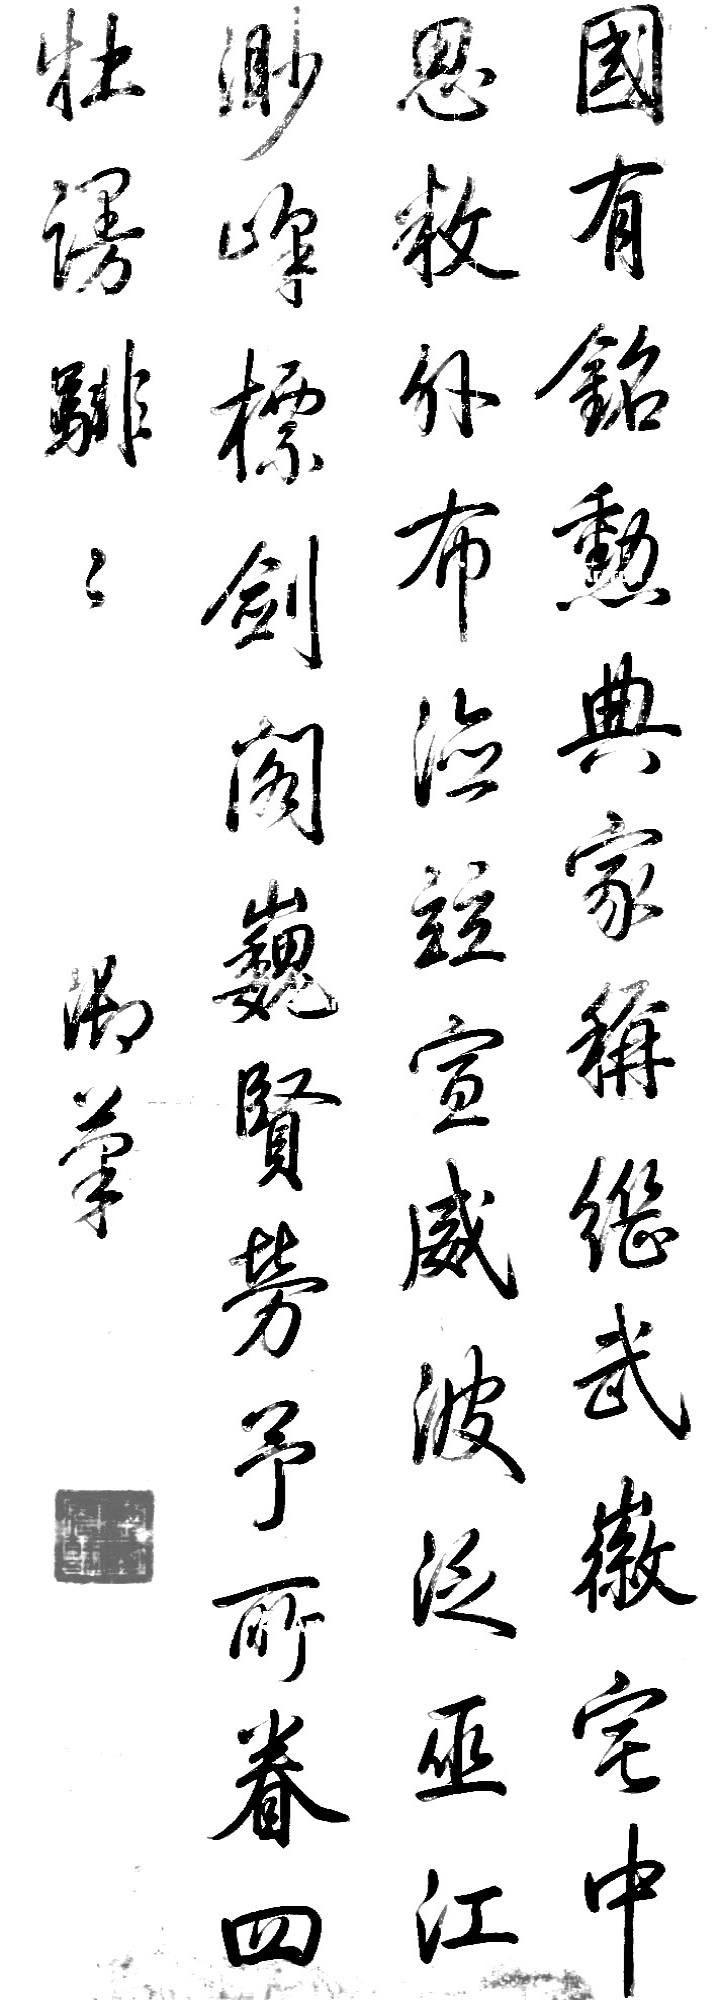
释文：国有铭勋典，家称继武徽，宅中思敉外，布德并宣威，波泛巫江渺，峰标剑阁巍。贤劳予所眷，四牡澷𬴂𬴂。御笔。